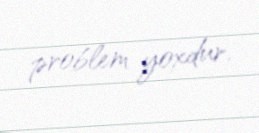
problem yoxdur.